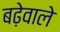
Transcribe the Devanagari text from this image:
बढ़ेवाले